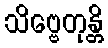
သိဗ္ဗေတုန္တိ